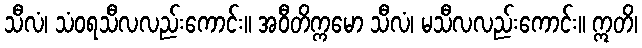
သီလံ၊ သံဝရသီလလည်းကောင်း။ အဝီတိက္ကမော သီလံ၊ မသီလလည်းကောင်း။ ဣတိ၊